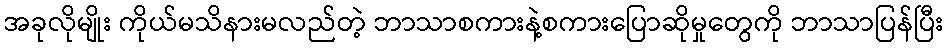
အခုလိုမျိုး ကိုယ်မသိနားမလည်တဲ့ ဘာသာစကားနဲ့စကားပြောဆိုမှုတွေကို ဘာသာပြန်ပြီး